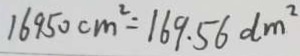
1 6 9 5 0 c m ^ { 2 } = 1 6 9 . 5 6 d m ^ { 2 }